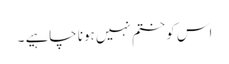
اس کو ختم نہیں ہونا چاہیے ۔